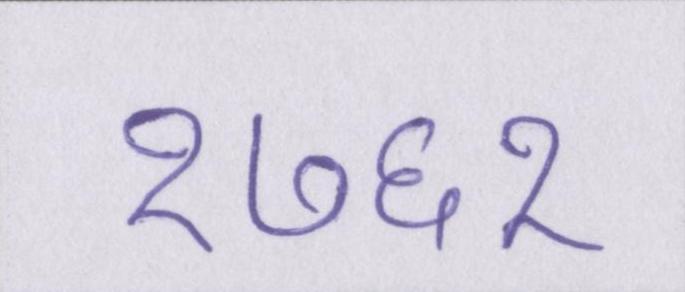
१७६१